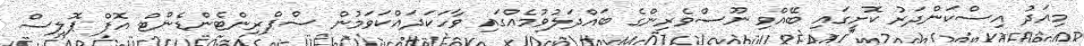
މިއަދު އިސްކަންދަރު ކޮށީގައި ބޭއްވި ނޫސްވެރިންގެ ބައްދަލުވުމެއްގައި ވާހަކަދައްކަވަމުން ސްޕްރިންޓެންޑެންޓް އޮފް ޕޮލިސް